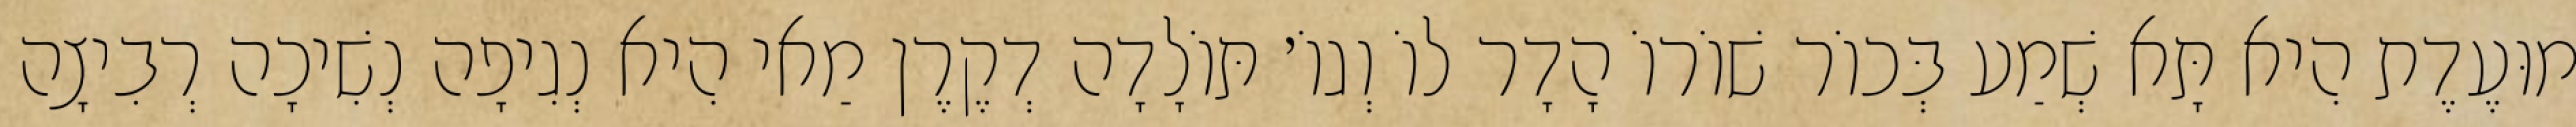
מוּעֶדֶת הִיא תָּא שְׁמַע בְּכוֹר שׁוֹרוֹ הָדָר לוֹ וְגוֹ׳ תּוֹלָדָה דְקֶרֶן מַאי הִיא נְגִיפָה נְשִׁיכָה רְבִיצָה